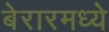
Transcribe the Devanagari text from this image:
बेरारमध्ये